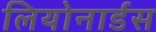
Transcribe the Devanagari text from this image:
लियोनार्डस